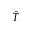
\hat { T }